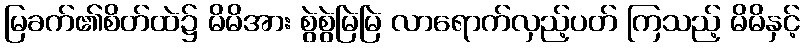
မြခက်၏စိတ်ထဲ၌ မိမိအား စွဲစွဲမြဲမြဲ လာရောက်လှည့်ပတ် ကြသည့် မိမိနှင့်